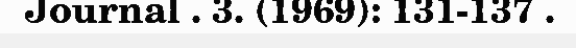
Journal . 3. (1969): 131-137 .